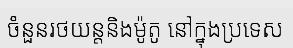
ចំនួនរថយន្តនិងម៉ូតូ នៅក្នុងប្រទេស